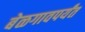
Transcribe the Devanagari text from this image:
बेळगावपर्यंत